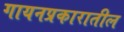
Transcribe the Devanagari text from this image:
गायनप्रकारातील